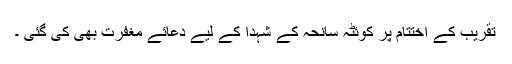
تقریب کے اختتام پر کوئٹہ سانحہ کے شہدا کے لیے دعائے مغفرت بھی کی گئی ۔